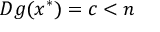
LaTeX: D g ( x ^ { * } ) = c < n